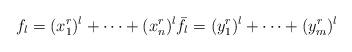
LaTeX: \begin{align*}f_l= (x_1^r)^l+ \dots +(x_n^r)^l \bar f_l= (y_1^r)^l+\dots +(y_m^r)^l\end{align*}